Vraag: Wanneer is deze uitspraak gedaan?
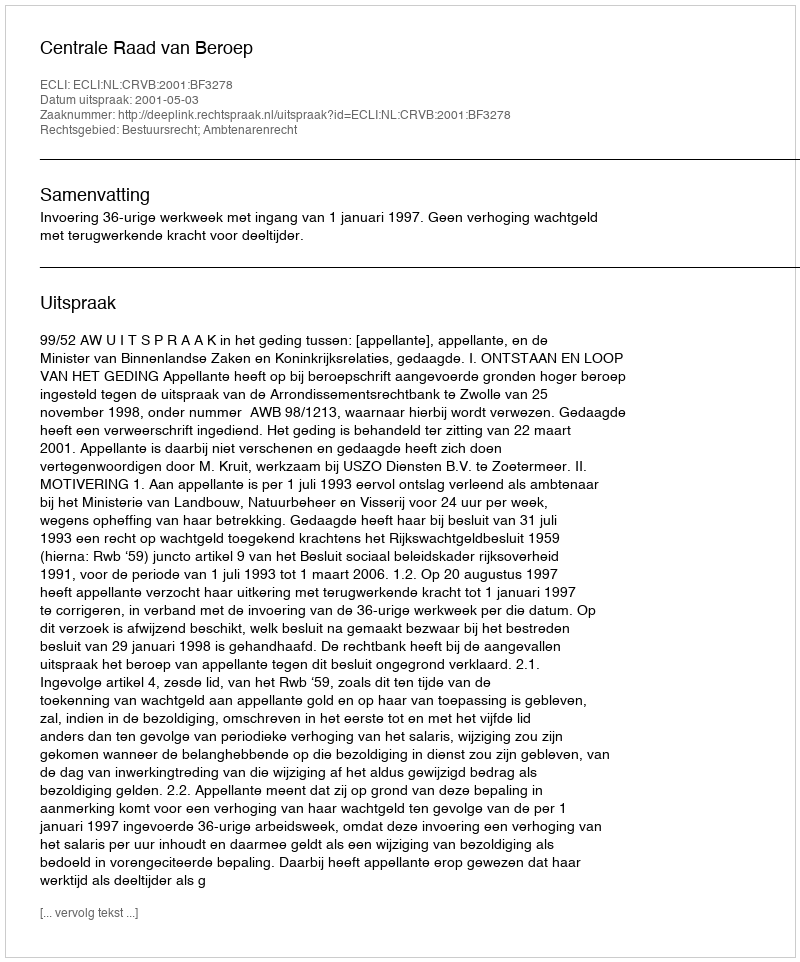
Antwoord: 2001-05-03